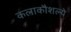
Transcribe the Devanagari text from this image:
कलाकौशल्ये